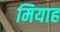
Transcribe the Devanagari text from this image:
मियाह